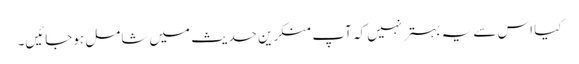
کیا اس سے یہ بہتر نہیں کہ آپ منکرین حدیث میں شامل ہوجائیں۔